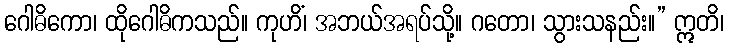
ဂေါဓိကော၊ ထိုဂေါဓိကသည်။ ကုဟိံ၊ အဘယ်အရပ်သို့။ ဂတော၊ သွားသနည်း။” ဣတိ၊